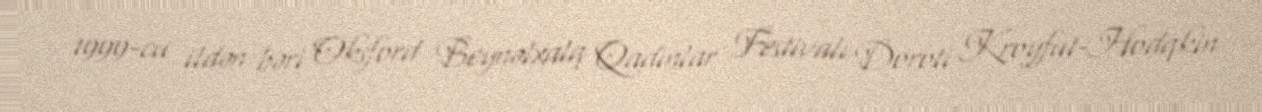
1999-cu ildən bəri Oksford Beynəlxalq Qadınlar Festivalı Doroti Kroyfut-Hodqkin